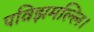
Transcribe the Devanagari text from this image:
पविझमल्लि।